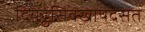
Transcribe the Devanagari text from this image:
दियट्ठसिक्खापदसत